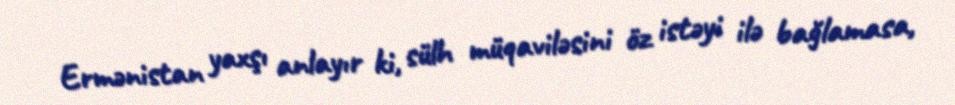
Ermənistan yaxşı anlayır ki, sülh müqaviləsini öz istəyi ilə bağlamasa,